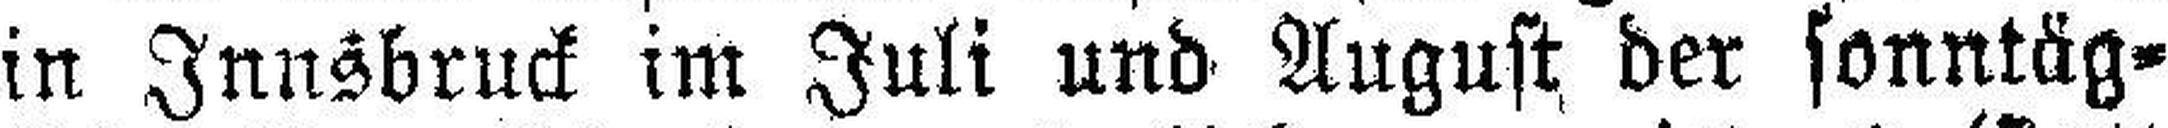
in Innsbruck im Juli und August der sonntäg¬